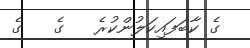
ގެ ކާބަފައިކަލުންކުރެ   ގެ   ގެ